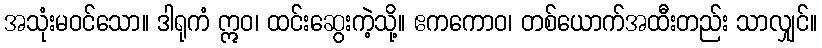
အသုံးမဝင်သော။ ဒါရုကံ ဣဝ၊ ထင်းဆွေးကဲ့သို့။ ဧကကောဝ၊ တစ်ယောက်အထီးတည်း သာလျှင်။